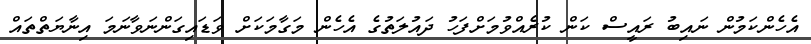
އެހެންކަމުން ނައިބު ރައީސް ކަން ކުރެއްވުމަށްފަހު ދައުލަތުގެ އެހެން މަގާމަކަށް ވަޑައިގަންނަވާނަމަ އިނާޔަތްތައް